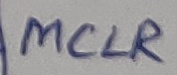
Text: MCLR